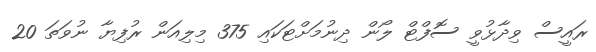
ރައީސް ވިދާޅުވީ ސޮފްޓް ލޯން ދިނުމަށްޓަކައި 375 މިލިއަން ރުފިޔާ ނުވަތަ 20